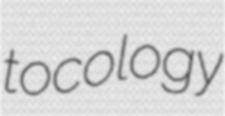
tocology